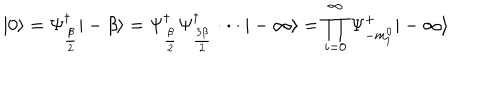
| 0 \rangle = \Psi _ { \frac { \beta } { 2 } } ^ { \dagger } | - \beta \rangle = \Psi _ { \frac { \beta } { 2 } } ^ { \dagger } \Psi _ { \frac { 3 \beta } { 2 } } ^ { \dagger } \cdot \cdot \cdot | - \infty \rangle = \prod _ { i = 0 } ^ { \infty } \Psi _ { - m _ { i } ^ { 0 } } ^ { + } | - \infty \rangle